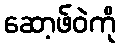
ဆော့ဖ်ဝဲကို